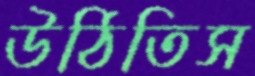
উঠিতিস